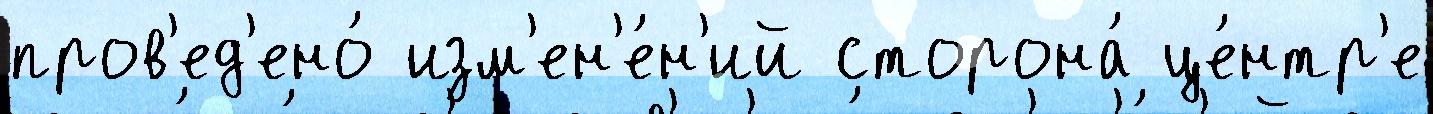
пров'ед'ено́ изм'ен'е́н'ий сторона́ це́нтр'е